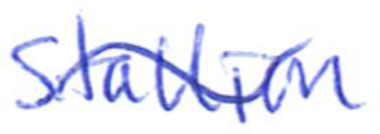
Text: Stallion
Cross-out: wave
Writing tool: ballpoint